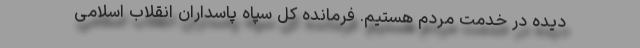
دیده در خدمت مردم هستیم. ‌فرمانده کل سپاه پاسداران انقلاب اسلامی